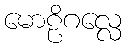
မောဠိဂလ္လေ